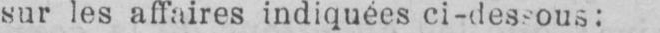
sur les affaires indiquées ci-dessous: